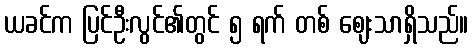
ယခင်က ပြင်ဦးလွင်၏တွင် ၅ ရက် တစ် ဈေးသာရှိသည်။